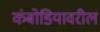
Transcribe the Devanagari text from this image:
कंबोडियावरील